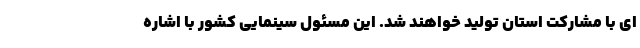
ای با مشارکت استان تولید خواهند شد. این مسئول سینمایی کشور با اشاره